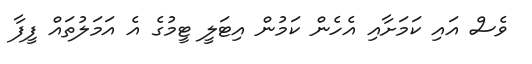
ވެސް އައި ކަމަށާއި އެހެން ކަމުން އިޓަލީ ޓީމުގެ އެ އަމަލުތައް ފީފާ